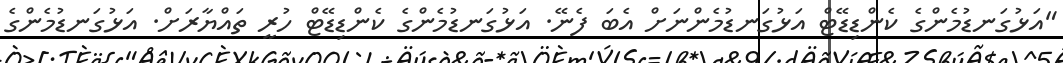
"އަޅުގަނޑުމެންގެ ކެންޑިޑޭޓް އަޅުގަނޑުމެންނަށް އެބަ ފެނޭ. އަޅުގަނޑުމެންގެ ކެންޑިޑޭޓް ހުރީ ތައްޔާރަށް. އަޅުގަނޑުމެންގެ